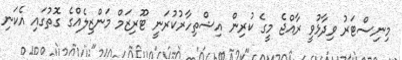
މިނިސްޓަރު ވިދާޅުވީ ރާއްޖެ މީގެ ކުރިން އިޝްތިހާރުކުރަނީ ޓޫރިޒަމް މަންޒިލެއްގެ ގޮތުގައި އެކަނި